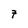
Character: 7